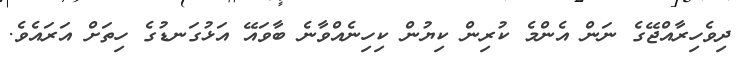
ދިވެހިރާއްޖޭގެ ނަން އެންމެ ކުރިން ކިޔުން ކިހިނެއްވާނެ ބާވައޭ އަޅުގަނޑުގެ ހިތަށް އަރައެވެ.